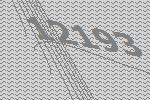
12193